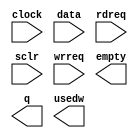
// megafunction wizard: %FIFO%
// GENERATION: STANDARD
// VERSION: WM1.0
// MODULE: scfifo

// ============================================================
// Megafunction Name(s):
// 			scfifo
//
// Simulation Library Files(s):
//
// ============================================================
// ************************************************************
// THIS IS A WIZARD-GENERATED FILE. DO NOT EDIT THIS FILE!
//
// 16.1.0 Build 196 10/24/2016 SJ Lite Edition
// ************************************************************


//Copyright (C) 2016  Intel Corporation. All rights reserved.
//Your use of Intel Corporation's design tools, logic functions
//and other software and tools, and its AMPP partner logic
//functions, and any output files from any of the foregoing
//(including device programming or simulation files), and any
//associated documentation or information are expressly subject
//to the terms and conditions of the Intel Program License
//Subscription Agreement, the Intel Quartus Prime License Agreement,
//the Intel MegaCore Function License Agreement, or other
//applicable license agreement, including, without limitation,
//that your use is for the sole purpose of programming logic
//devices manufactured by Intel and sold by Intel or its
//authorized distributors.  Please refer to the applicable
//agreement for further details.


// synopsys translate_off
// synopsys translate_on
module MSG_FIFO (
	clock,
	data,
	rdreq,
	sclr,
	wrreq,
	empty,
	q,
	usedw);

	input	  clock;
	input	[31:0]  data;
	input	  rdreq;
	input	  sclr;
	input	  wrreq;
	output	  empty;
	output	[31:0]  q;
	output	[7:0]  usedw;

	wire  sub_wire0;
	wire [31:0] sub_wire1;
	wire [7:0] sub_wire2;
	wire  empty = sub_wire0;
	wire [31:0] q = sub_wire1[31:0];
	wire [7:0] usedw = sub_wire2[7:0];

endmodule

// ============================================================
// CNX file retrieval info
// ============================================================
// Retrieval info: PRIVATE: AlmostEmpty NUMERIC "0"
// Retrieval info: PRIVATE: AlmostEmptyThr NUMERIC "-1"
// Retrieval info: PRIVATE: AlmostFull NUMERIC "0"
// Retrieval info: PRIVATE: AlmostFullThr NUMERIC "-1"
// Retrieval info: PRIVATE: CLOCKS_ARE_SYNCHRONIZED NUMERIC "1"
// Retrieval info: PRIVATE: Clock NUMERIC "0"
// Retrieval info: PRIVATE: Depth NUMERIC "256"
// Retrieval info: PRIVATE: Empty NUMERIC "1"
// Retrieval info: PRIVATE: Full NUMERIC "0"
// Retrieval info: PRIVATE: INTENDED_DEVICE_FAMILY STRING "MAX 10"
// Retrieval info: PRIVATE: LE_BasedFIFO NUMERIC "0"
// Retrieval info: PRIVATE: LegacyRREQ NUMERIC "0"
// Retrieval info: PRIVATE: MAX_DEPTH_BY_9 NUMERIC "0"
// Retrieval info: PRIVATE: OVERFLOW_CHECKING NUMERIC "0"
// Retrieval info: PRIVATE: Optimize NUMERIC "0"
// Retrieval info: PRIVATE: RAM_BLOCK_TYPE NUMERIC "0"
// Retrieval info: PRIVATE: SYNTH_WRAPPER_GEN_POSTFIX STRING "0"
// Retrieval info: PRIVATE: UNDERFLOW_CHECKING NUMERIC "0"
// Retrieval info: PRIVATE: UsedW NUMERIC "1"
// Retrieval info: PRIVATE: Width NUMERIC "32"
// Retrieval info: PRIVATE: dc_aclr NUMERIC "0"
// Retrieval info: PRIVATE: diff_widths NUMERIC "0"
// Retrieval info: PRIVATE: msb_usedw NUMERIC "0"
// Retrieval info: PRIVATE: output_width NUMERIC "32"
// Retrieval info: PRIVATE: rsEmpty NUMERIC "1"
// Retrieval info: PRIVATE: rsFull NUMERIC "0"
// Retrieval info: PRIVATE: rsUsedW NUMERIC "0"
// Retrieval info: PRIVATE: sc_aclr NUMERIC "0"
// Retrieval info: PRIVATE: sc_sclr NUMERIC "1"
// Retrieval info: PRIVATE: wsEmpty NUMERIC "0"
// Retrieval info: PRIVATE: wsFull NUMERIC "1"
// Retrieval info: PRIVATE: wsUsedW NUMERIC "0"
// Retrieval info: LIBRARY: altera_mf altera_mf.altera_mf_components.all
// Retrieval info: CONSTANT: ADD_RAM_OUTPUT_REGISTER STRING "OFF"
// Retrieval info: CONSTANT: INTENDED_DEVICE_FAMILY STRING "MAX 10"
// Retrieval info: CONSTANT: LPM_NUMWORDS NUMERIC "256"
// Retrieval info: CONSTANT: LPM_SHOWAHEAD STRING "ON"
// Retrieval info: CONSTANT: LPM_TYPE STRING "scfifo"
// Retrieval info: CONSTANT: LPM_WIDTH NUMERIC "32"
// Retrieval info: CONSTANT: LPM_WIDTHU NUMERIC "8"
// Retrieval info: CONSTANT: OVERFLOW_CHECKING STRING "ON"
// Retrieval info: CONSTANT: UNDERFLOW_CHECKING STRING "ON"
// Retrieval info: CONSTANT: USE_EAB STRING "ON"
// Retrieval info: USED_PORT: clock 0 0 0 0 INPUT NODEFVAL "clock"
// Retrieval info: USED_PORT: data 0 0 32 0 INPUT NODEFVAL "data[31..0]"
// Retrieval info: USED_PORT: empty 0 0 0 0 OUTPUT NODEFVAL "empty"
// Retrieval info: USED_PORT: q 0 0 32 0 OUTPUT NODEFVAL "q[31..0]"
// Retrieval info: USED_PORT: rdreq 0 0 0 0 INPUT NODEFVAL "rdreq"
// Retrieval info: USED_PORT: sclr 0 0 0 0 INPUT NODEFVAL "sclr"
// Retrieval info: USED_PORT: usedw 0 0 8 0 OUTPUT NODEFVAL "usedw[7..0]"
// Retrieval info: USED_PORT: wrreq 0 0 0 0 INPUT NODEFVAL "wrreq"
// Retrieval info: CONNECT: @clock 0 0 0 0 clock 0 0 0 0
// Retrieval info: CONNECT: @data 0 0 32 0 data 0 0 32 0
// Retrieval info: CONNECT: @rdreq 0 0 0 0 rdreq 0 0 0 0
// Retrieval info: CONNECT: @sclr 0 0 0 0 sclr 0 0 0 0
// Retrieval info: CONNECT: @wrreq 0 0 0 0 wrreq 0 0 0 0
// Retrieval info: CONNECT: empty 0 0 0 0 @empty 0 0 0 0
// Retrieval info: CONNECT: q 0 0 32 0 @q 0 0 32 0
// Retrieval info: CONNECT: usedw 0 0 8 0 @usedw 0 0 8 0
// Retrieval info: GEN_FILE: TYPE_NORMAL MSG_FIFO.v TRUE
// Retrieval info: GEN_FILE: TYPE_NORMAL MSG_FIFO.inc FALSE
// Retrieval info: GEN_FILE: TYPE_NORMAL MSG_FIFO.cmp FALSE
// Retrieval info: GEN_FILE: TYPE_NORMAL MSG_FIFO.bsf FALSE
// Retrieval info: GEN_FILE: TYPE_NORMAL MSG_FIFO_inst.v TRUE
// Retrieval info: GEN_FILE: TYPE_NORMAL MSG_FIFO_bb.v TRUE